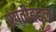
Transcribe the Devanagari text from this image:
प्रगतीबद्दल